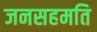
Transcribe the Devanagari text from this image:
जनसहमति